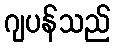
ဂျပန်သည်